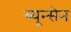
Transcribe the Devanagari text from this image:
ब्यून्सेन